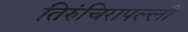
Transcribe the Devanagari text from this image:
तिरुंचिरापल्ली